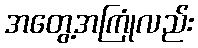
အတွေ့အကြုံလည်း